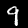
Label: 9